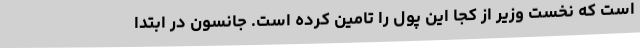
است که نخست وزیر از کجا این پول را تامین کرده است. جانسون در ابتدا